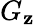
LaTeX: G_{\mathbf{z}}